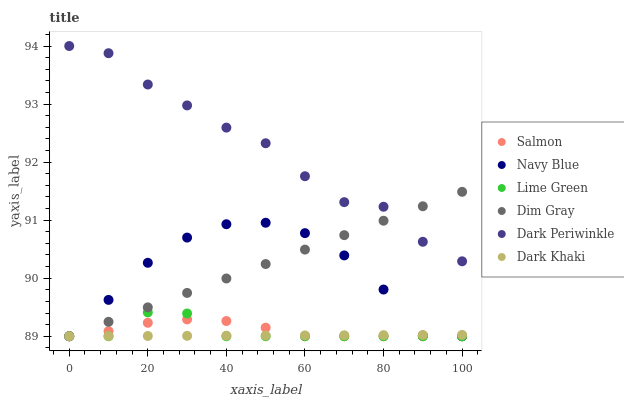
| xaxis_label | Salmon | Navy Blue | Lime Green | Dim Gray | Dark Periwinkle | Dark Khaki |
 | --- | --- | --- | --- | --- | --- | --- |
 | 0 | 89 | 89 | 89 | 89 | 94 | 89 |
 | 10 | 89.1 | 89.6 | 89 | 89.2 | 93.9 | 89 |
 | 20 | 89.2 | 90.3 | 89.4 | 89.5 | 93.3 | 89 |
 | 30 | 89.3 | 90.7 | 89.4 | 89.7 | 93 | 89 |
 | 40 | 89.3 | 90.9 | 89 | 90 | 92.6 | 89 |
 | 50 | 89.1 | 91 | 89 | 90.2 | 92.3 | 89 |
 | 60 | 89 | 90.8 | 89 | 90.5 | 91.8 | 89 |
 | 70 | 89 | 90.4 | 89 | 90.7 | 91.3 | 89 |
 | 80 | 89 | 89.8 | 89 | 91 | 91.2 | 89 |
 | 90 | 89 | 89 | 89 | 91.2 | 90.6 | 89 |
 | 100 | 89 | 89 | 89 | 91.5 | 90.3 | 89 |